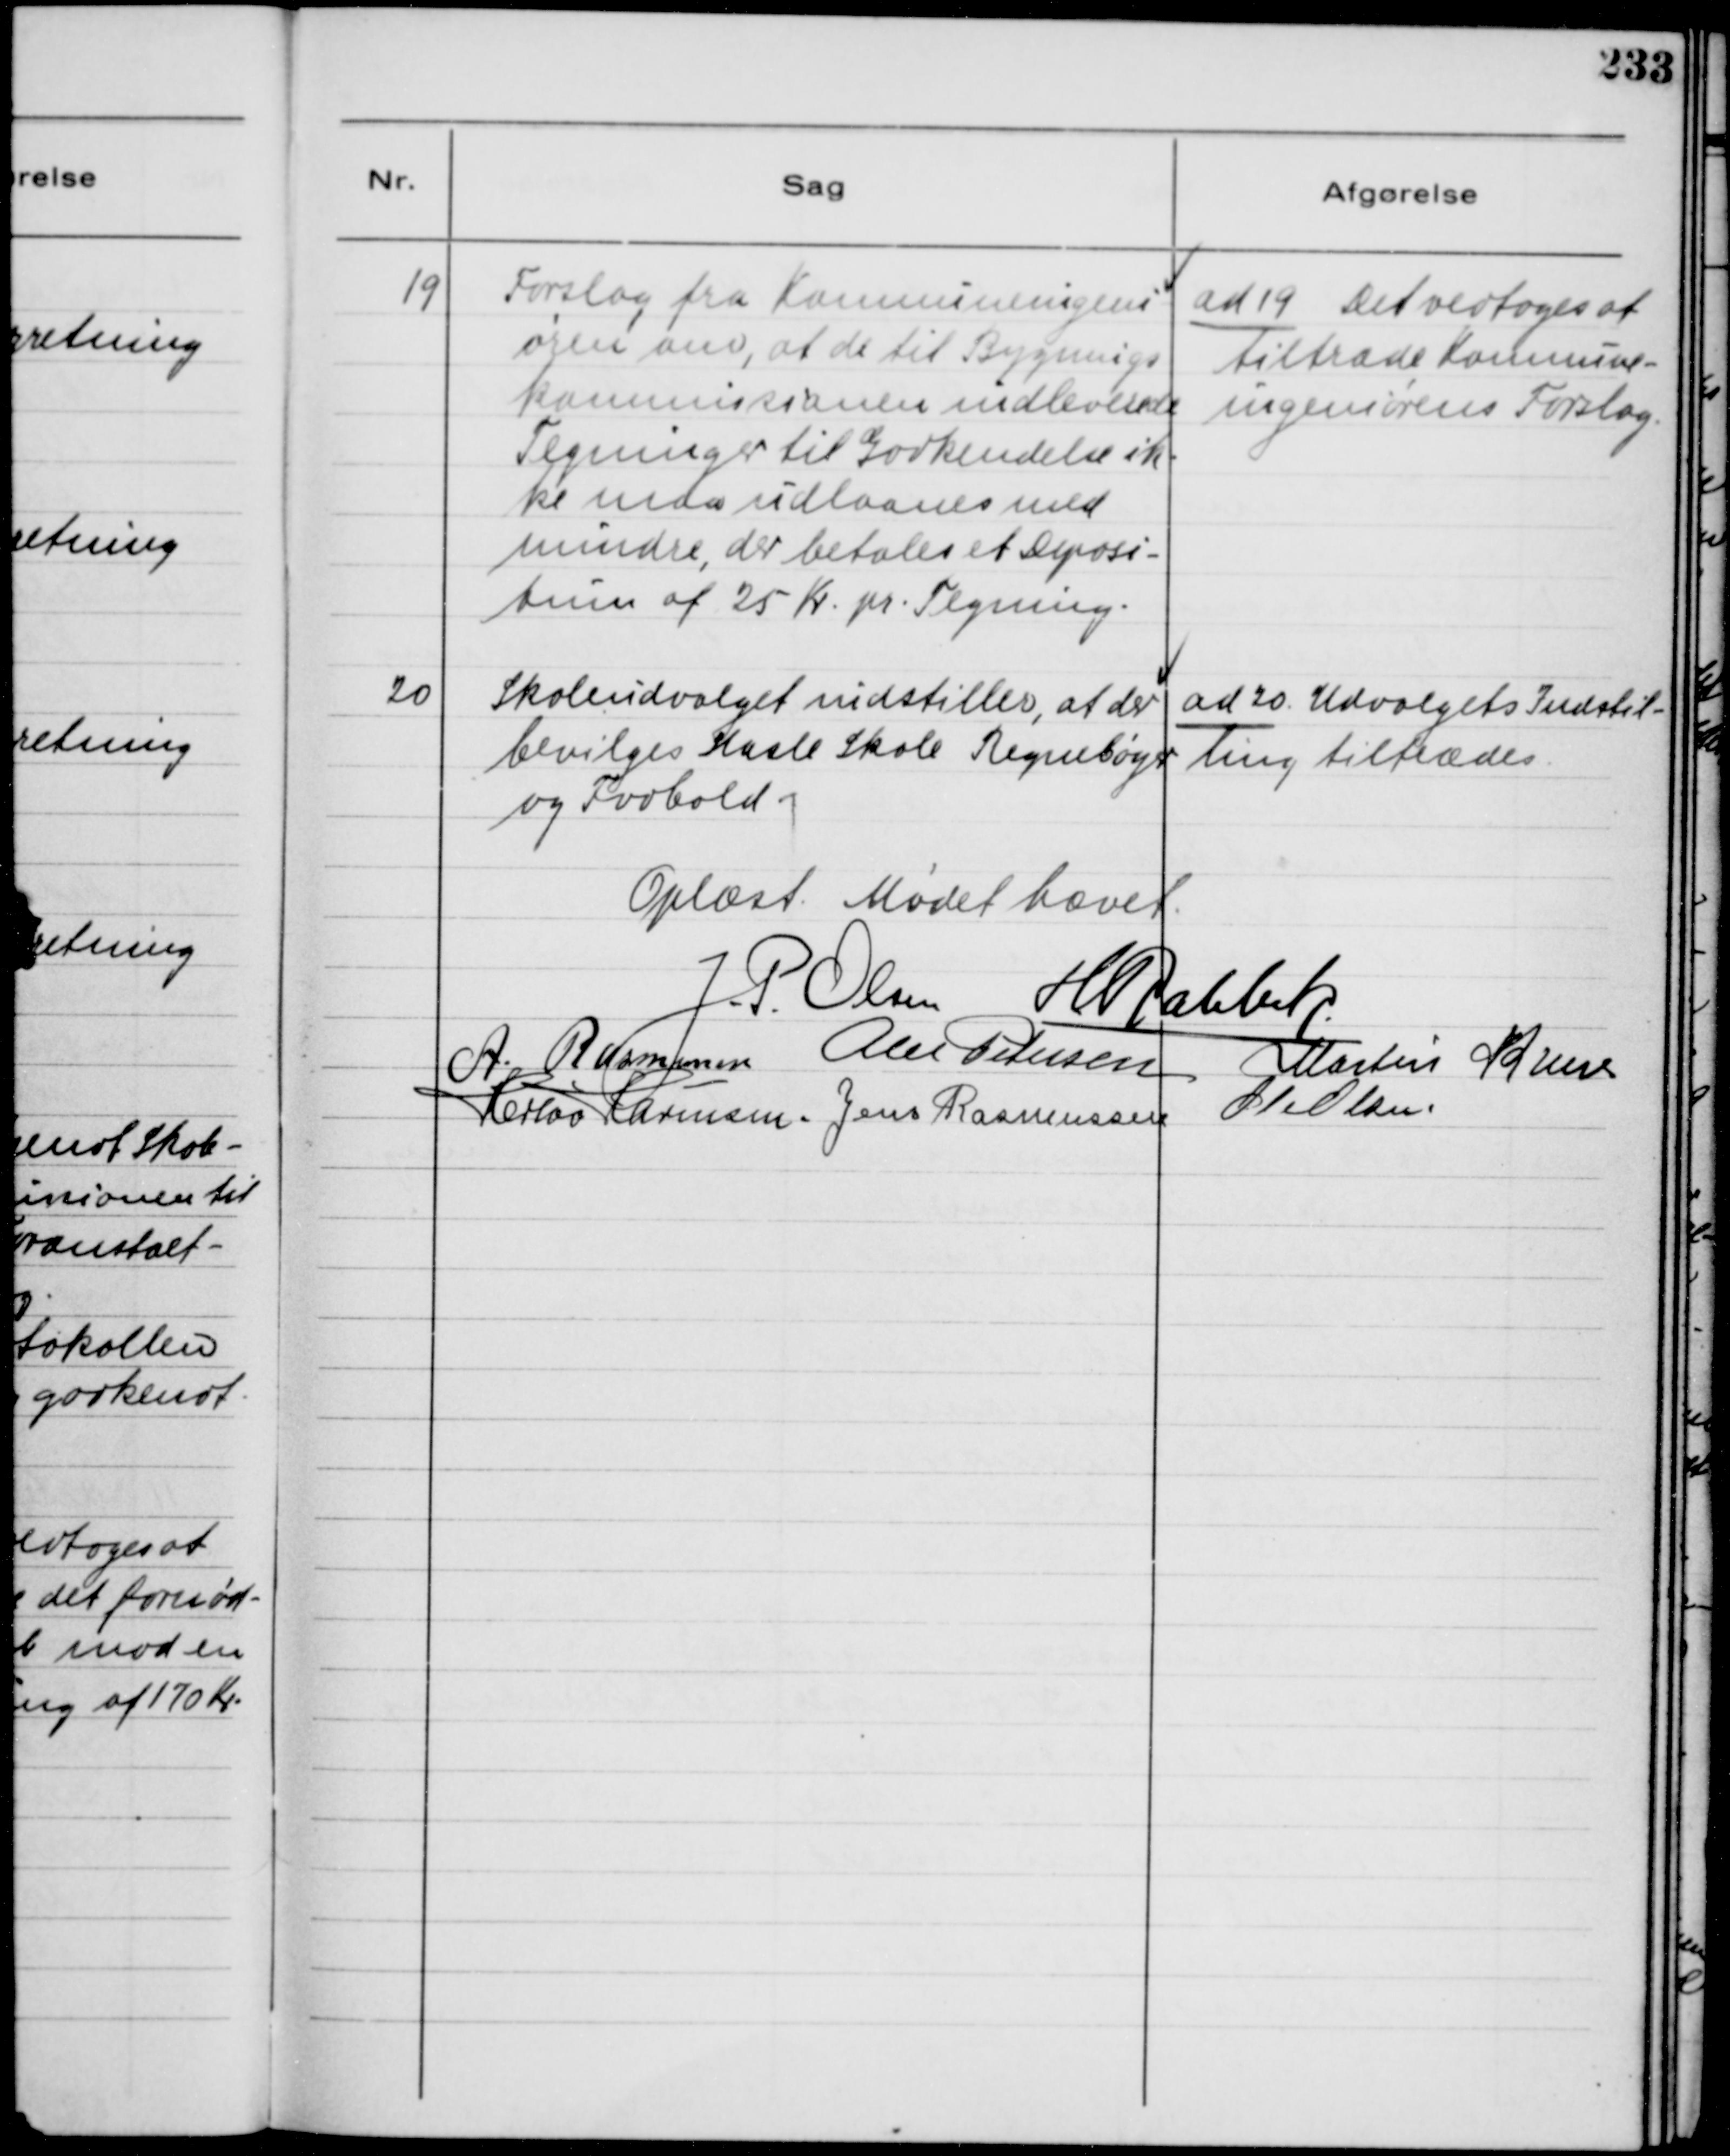
Transskription:
19
Forslag fra Kommuneingeni-
øren om, at de til Bygnings
kommissionen indleverede
Tegninger til Godkendelse ik-
ke maa udlaanes med
mindre, der betales et Deposi-
tum af 25 Kr. pr. Tegning.

ad 19 Det vedtoges at
tiltræde Komnune-
ingeniørens Forslag.

20
Skoleudvalget indstiller, af der
bevilges Hasle Skole Regnebøger
og Fodbold.

ad 20. Udvalgets Indstil-
ling tiltrædes.

Oplæst. Mødet hævet.
J. P. Olsen
H. Rahbek
A. Rasmussen
Alex Petersen
Martin Kruse
Herlou Harmsen.
Jens Rasmussen
Ole Olsen.